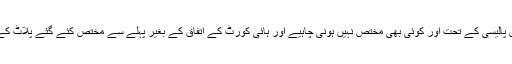
سپریم کورٹ نے یہ بھی حکم دیا کہ اس پالیسی کے تحت اور کوئی بھی مختص نہیں ہونی چاہیے اور ہائی کورٹ کے اتفاق کے بغیر پہلے سے مختص کئے گئے پلاٹ کے ٹرانسفر کی اجازت نہیں دی جائے‌گی۔